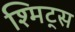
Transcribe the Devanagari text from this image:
श्मिट्स